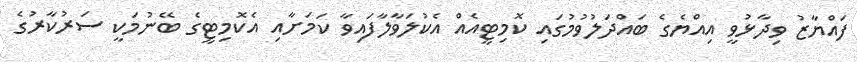
ފައްޔާޒު ވިދާޅުވީ އިއްޔެގެ ބައްދަލުވުމުގައި ކޮމިޓީއެއް އެކުލަވާލާފައިވާ ކަމަށާއި އެކޮމިޓީގެ ބޭނުމަކީ ސަރުކާރުގެ